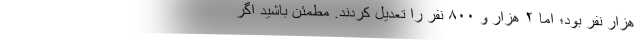
هزار نفر بود؛ اما ۲ هزار و ۸۰۰ نفر را تعدیل کردند. مطمئن باشید اگر